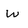
Character: W